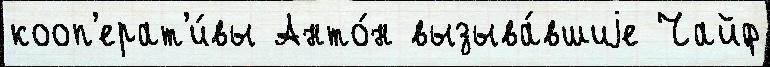
кооп'ерат'и́вы Анто́н вызыва́вшиjе Чайф